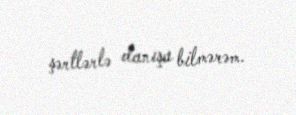
şərtlərlə danışa bilmərəm.